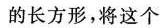
的长方形，将这个